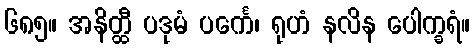
၆၈၅။ အနိတ္ထီ ပဒုမံ ပင်္ကေ၊ ရုဟံ နလိန ပေါက္ခရံ။